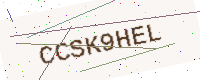
Text: CCSK9HEL